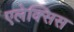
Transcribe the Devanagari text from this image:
एलेक्‍सिस